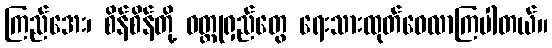
ကြည်အေး၊ စိန်စိန်တို့ ဝတ္ထုရှည်တွေ ရေးသားထုတ်ဝေလာကြပါတယ်။